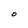
Character: O